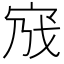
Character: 𡧿